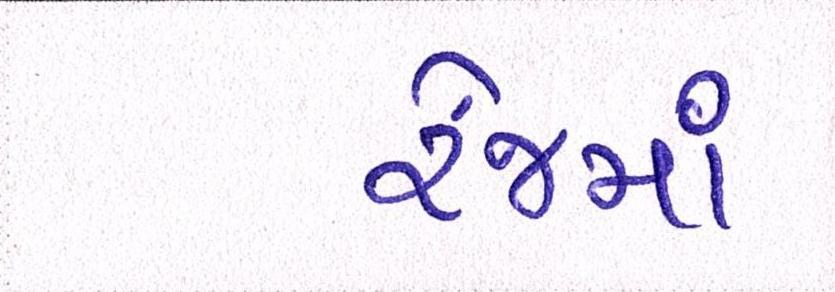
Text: રેંજમાં